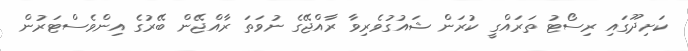
ކަށިދޫގައި ރިސޯޓު ތަރައްގީ ކުރަން ޝައުގުވެރިވާ ރާއްޖޭގެ ނުވަތަ ރާއްޖޭން ބޭރުގެ އިންވެސްޓަރުން